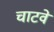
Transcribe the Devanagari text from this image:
चाटवे